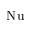
\mathrm { N u }